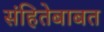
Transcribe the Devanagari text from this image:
संहितेबाबत